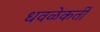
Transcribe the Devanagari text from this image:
धवळेकर्ती